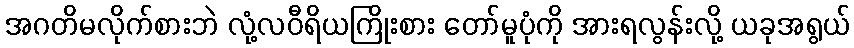
အဂတိမလိုက်စားဘဲ လုံ့လဝီရိယကြိုးစား တော်မူပုံကို အားရလွန်းလို့ ယခုအရွယ်